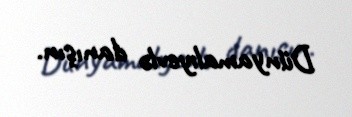
Dünyamalıyevlə danışın.